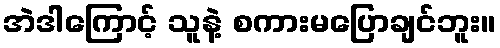
အဲဒါကြောင့် သူနဲ့ စကားမပြောချင်ဘူး။